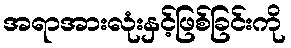
အရာအားလုံးနှင့်ဖြစ်ခြင်းကို